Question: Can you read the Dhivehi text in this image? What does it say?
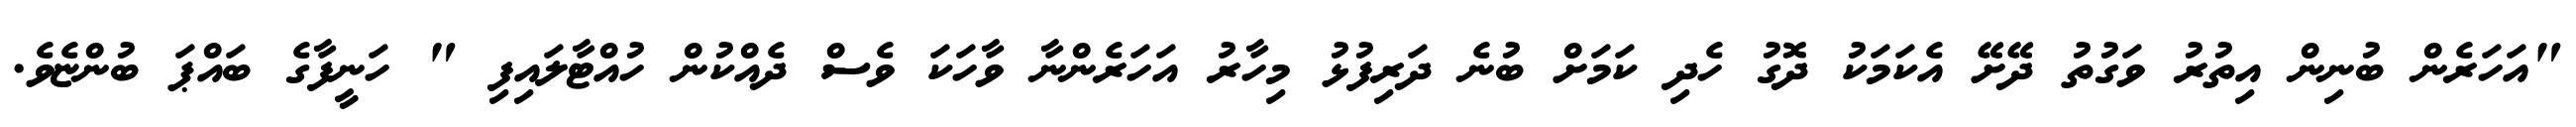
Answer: "އަހަރެން ބުނިން އިތުރު ވަގުތު ދޭށޭ އެކަމަކު ދޮގު ހެދި ކަމަށް ބުނެ ދަރިފުޅު މިހާރު އަހަރެންނާ ވާހަކަ ވެސް ދެއްކުން ހުއްޓާލައިފި " ހަނީފާގެ ބައްޕަ ބުންޏެވެ.